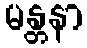
မန္တနာ